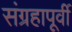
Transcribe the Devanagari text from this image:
संग्रहापूर्वी